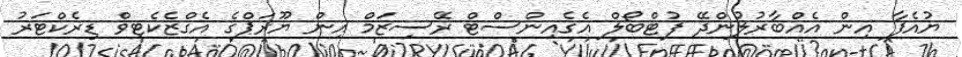
ޔުއެފާ އިން އެއްބާރުލުންދޭ ފުޓްބޯލް އެގެއިންސްޓް ރޭސިޒަމް އިން ޔޫރަޕްގެ އެގްޒެކެޓިވް ޑިރެކްޓަރު